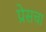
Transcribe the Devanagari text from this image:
प्रेसचा